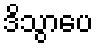
ဒိသွာပေ